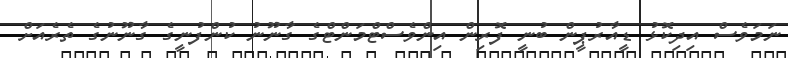
ނަމަވެސް އިދިކޮޅު ޑީއާރުޕީން ބުނީ ފޮރިން އިންވެސްޓްމަންޓްގެ ގާނޫނު ކުންފުނީގެ ގާނޫނުގެ ތެރެއަށް